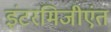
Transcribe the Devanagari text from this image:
इंटरमिजीएंत